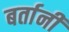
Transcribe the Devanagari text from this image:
बर्तानी